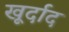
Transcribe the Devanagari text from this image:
खूर्दाद